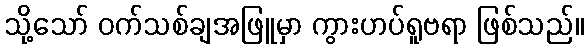
သို့သော် ဝက်သစ်ချအဖြူမှာ ကွားဟပ်ရူဗရာ ဖြစ်သည်။